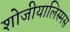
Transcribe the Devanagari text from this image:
शोजीयालिस्मस